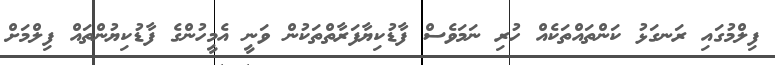
ފިލްމުގައި ރަނގަޅު ކަންތައްތަކެއް ހުރި ނަމަވެސް ފާޑުކިޔާފަރާތްތަކުން ވަނީ އެމީހުންގެ ފާޑުކިޔުންތައް ފިލްމަށް